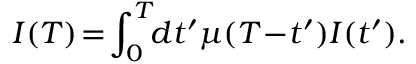
I ( T ) \! = \! \int _ { 0 } ^ { T } \! \! d t ^ { \prime } \mu ( T \! - \! t ^ { \prime } ) I ( t ^ { \prime } ) .